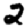
Digit: 2